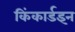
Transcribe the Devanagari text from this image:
किंकार्डइन